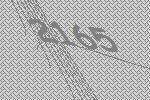
2165